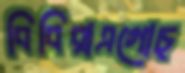
বিবিরাএগোচ্